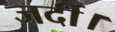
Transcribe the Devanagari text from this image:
जर्दी।